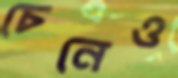
চেনেও